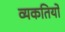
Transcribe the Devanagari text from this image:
व्यकतियों